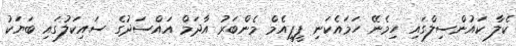
ކެލާ ކައުންސިލްގައި ހިމެނޭ ހަމައެކަނި ޕީޕީއެމް މެންބަރު އާދަމް އައްސަދުގެ ސައިކަލުގައި ބަޔަކު